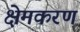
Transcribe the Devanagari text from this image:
क्षेमकरण